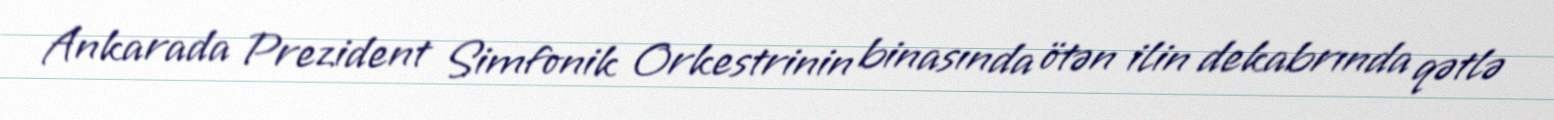
Ankarada Prezident Simfonik Orkestrinin binasında ötən ilin dekabrında qətlə